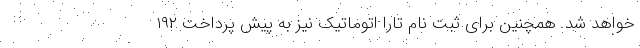
خواهد شد. همچنین برای ثبت نام تارا اتوماتیک نیز به پیش پرداخت ۱۹۲